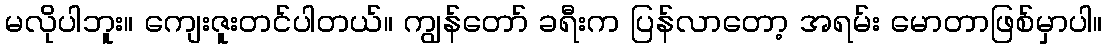
မလိုပါဘူး။ ကျေးဇူးတင်ပါတယ်။ ကျွန်တော် ခရီးက ပြန်လာတော့ အရမ်း မောတာဖြစ်မှာပါ။